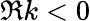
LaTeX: \Re k<0